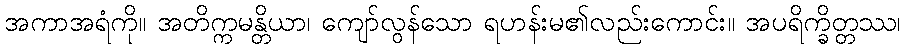
အကာအရံကို။ အတိက္ကမန္တိယာ၊ ကျော်လွန်သော ရဟန်းမ၏လည်းကောင်း။ အပရိက္ခိတ္တဿ၊